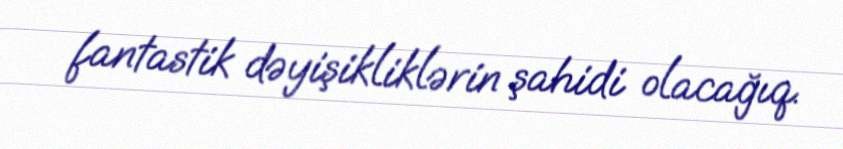
fantastik dəyişikliklərin şahidi olacağıq.